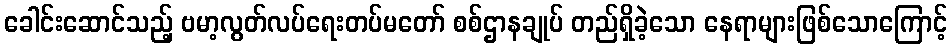
ခေါင်းဆောင်သည့် ဗမာ့လွတ်လပ်ရေးတပ်မတော် စစ်ဌာနချုပ် တည်ရှိခဲ့သော နေရာများဖြစ်သောကြောင့်